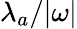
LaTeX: \lambda_{a}/{\vert}\omega{\vert}